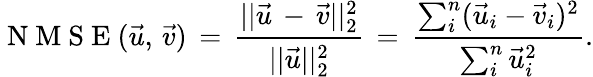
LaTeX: \mathrm{~N~M~S~E~}(\vec{u},\, \vec{v})\, =\, \frac{||\vec{u}\, -\, \vec{v}||_{2}^{2}}{||\vec{u}||_{2}^{2}}\, =\, \frac{\sum_{i}^{n}(\vec{u}_{i}-{\vec{v}}_{i})^{2}}{\sum_{i}^{n}\vec{u}_{i}^{2}}.